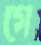
গে